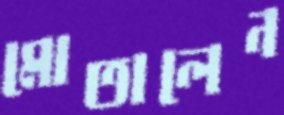
মোতালেন